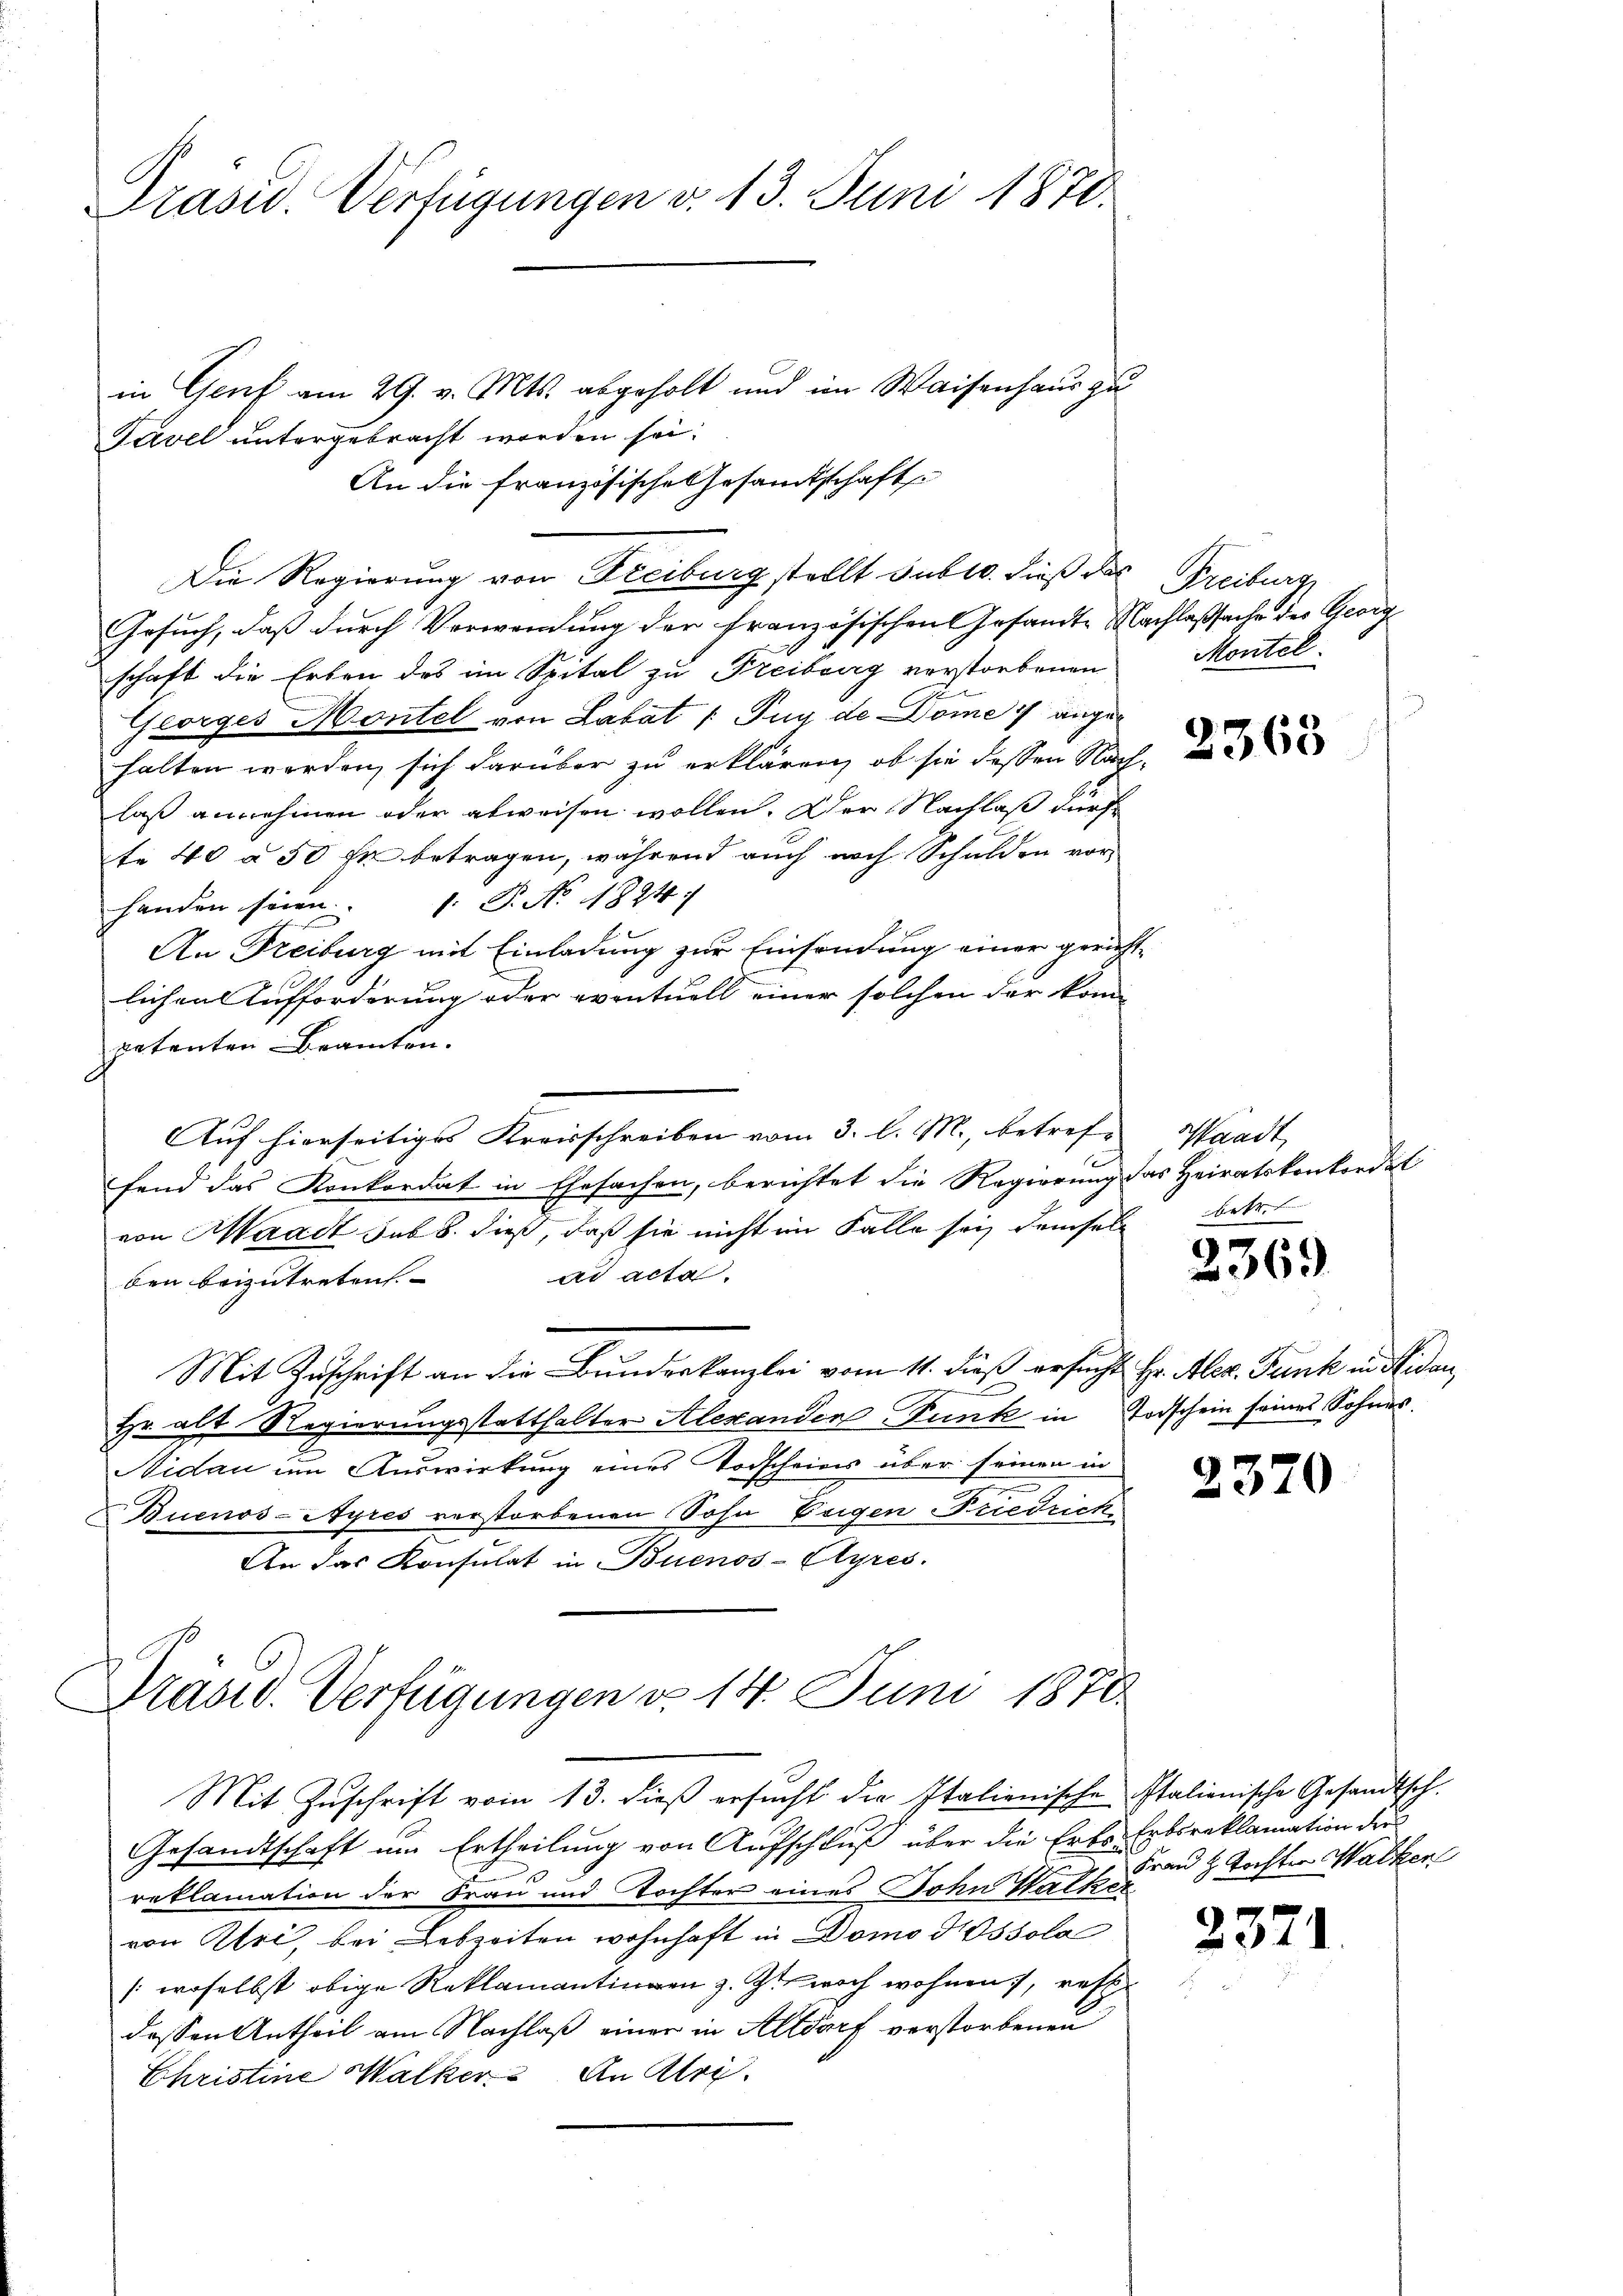
Prasw. Verfügungen v. 13. Juni 1871.

in Genf am 29. v. Mts. abgeholt und im Waisenhaus zu
Favel untergebracht worden sei.
An die französische Gesamtschaft
Die Regierung von Freiburg stellt sub 10. dieß der Freiburg
Gesuch, daß durch Verwendung der französischen Gesandte Nachlaßsache der Georg
schaft die Erben des im Spital zu Freiburg verstorbenen
Georges Montel von Labat /: Fug de Dome 1 angehalten werden, sich darüber zu erklären, ob sie dessen Nach-
laß annehmen oder abweisen wollen. Der Nachlaß dürf
te 40 à 50 fr betragen, während auch noch Schulden vor
handen seien 1. P. No. 1824
An Freiburg mit Einladung zur Einsendung einer gerichtlichen Aufforderung oder eventuell einer solchen der kom-
petenten Beamten.
Auf hierseitiges Kreisschreiben vom 3. l. M., betref-
fend das Konkordat in Ehesachen, berichtet die Regierung das Heiratskonkordat
von Waadt sub b. dieß, daß sie nicht im Falle sei demselb
ad acta
ben beizutreten.
Mit Zuschrift an die Bunderkanzlei vom 11. dieß ersucht Hr. Aber Funk in Seiden,
Hr. alt Regierungsstatthalter Alexanden Funk in Todschein seines Sohnes.
s
Nidau im Auswirkung eines Todscheins über seinen in
Buenos-Ayres verstorbenen Sohn Eigen Fuedriche
An das Konsulat in Buenos-Ayres.

Präsid. Verfügungen d. 14. Juni 1870

Mit Zŭschrift vom 13. dieβ ersŭcht die Italienische Italienische Gesandtsch.
Gesandtschaft um Ertheilung von Aufschluß über die Erbs- Erbsreklamation der
1
reklamation der Frau und Tochter eines Sohn Walker
von Atri, bei Lebzeiten wohnhaft in Domo dissola
(woselbst obige Reklamantingen z. Zt. noch wohnen, rest
dessen Antheil am Nachlaß einer in Altdorf verstorbenen
Christine Walker. An Uri

Montel.

2368

aadt,
betr.

2369

2370

Frau H. Tochter Walken

23.

1